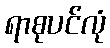
ရာစုပင်လုံ